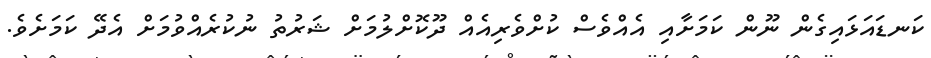
ކަނޑައަޅައިގެން ނޫން ކަމަށާއި އެއްވެސް ކުށްވެރިއެއް ދޫކޮށްލުމަށް ޝަރުތު ނުކުރެއްވުމަށް އެދޭ ކަމަށެވެ.